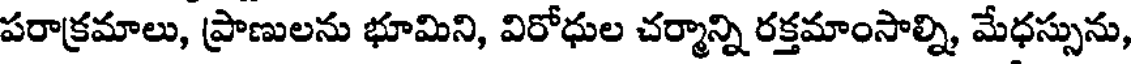
పరాక్రమాలు, ప్రాణులను భూమిని, విరోధుల చర్మాన్ని రక్తమాంసాల్ని, మేధస్సును,